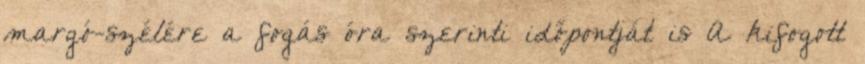
margó-szélére a fogás óra szerinti időpontját is A kifogott